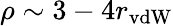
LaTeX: \rho\sim 3-4r_{\mathrm{vdW}}